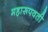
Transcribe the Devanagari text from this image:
महारूपवती